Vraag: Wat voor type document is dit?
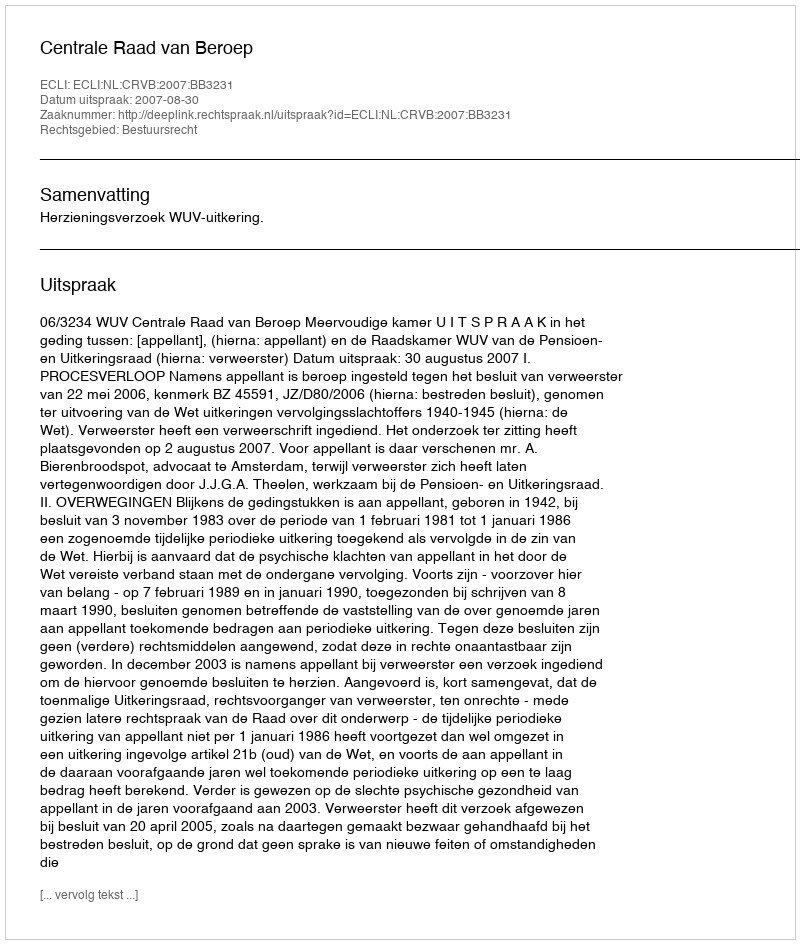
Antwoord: Uitspraak